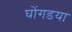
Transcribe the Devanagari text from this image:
घोंगडया